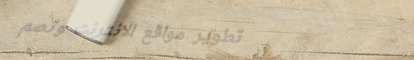
تطوير مواقع الانترنت وتصم